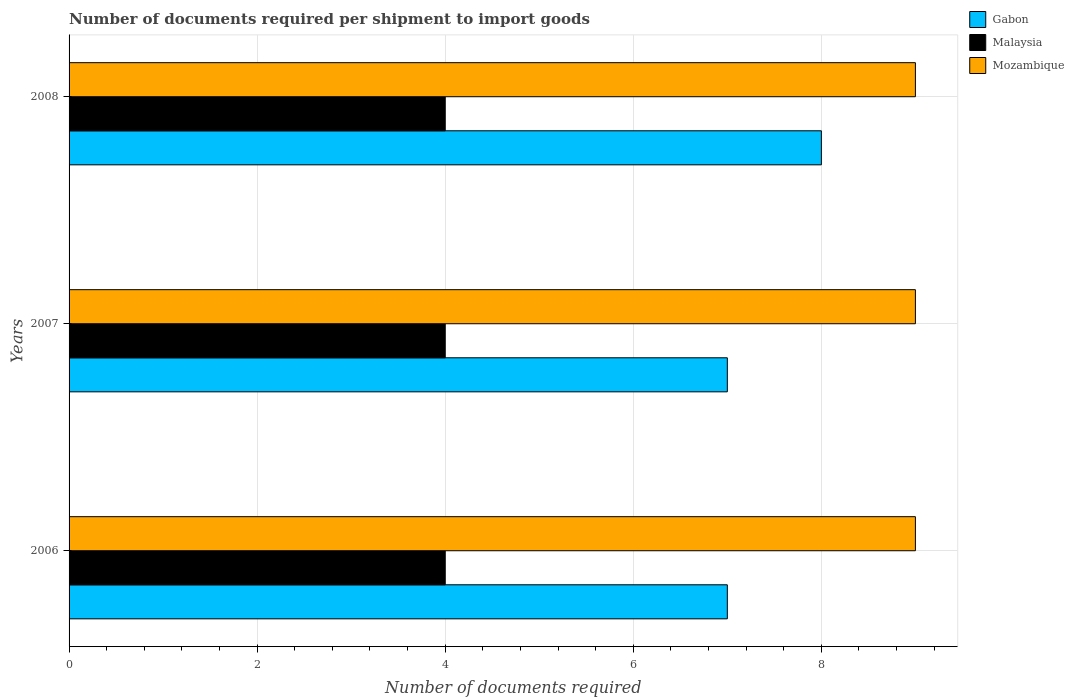
| Years | Gabon | Malaysia | Mozambique |
 | --- | --- | --- | --- |
 | 2006 | 7 | 4 | 9 |
 | 2007 | 7 | 4 | 9 |
 | 2008 | 8 | 4 | 9 |